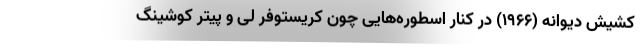
کشیش دیوانه (۱۹۶۶) در کنار اسطوره‌هایی چون کریستوفر لی و پیتر کوشینگ